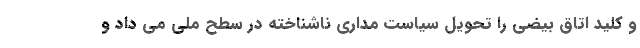
و کلید اتاق بیضی را تحویل سیاست مداری ناشناخته در سطح ملی می داد و